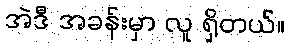
အဲဒီ အခန်းမှာ လူ ရှိတယ်။